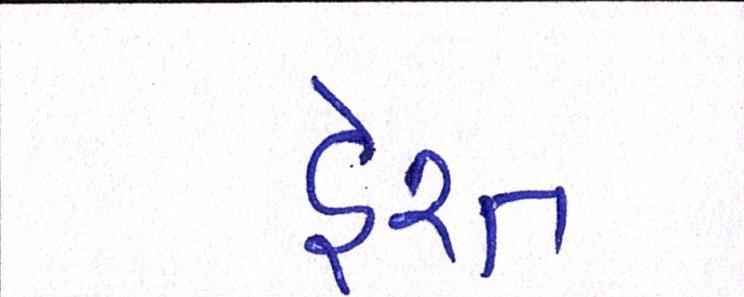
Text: હેરત